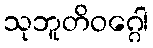
သုဘူတိဝဂ္ဂေါ